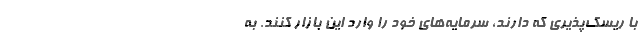
با ریسک‌پذیری که دارند، سرمایه‌های خود را وارد این بازار کنند. به